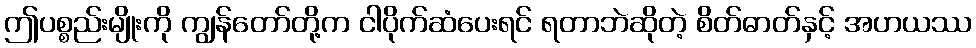
ဤပစ္စည်းမျိုးကို ကျွန်တော်တို့က ငါပိုက်ဆံပေးရင် ရတာဘဲဆိုတဲ့ စိတ်ဓာတ်နှင့် အဟယဿ